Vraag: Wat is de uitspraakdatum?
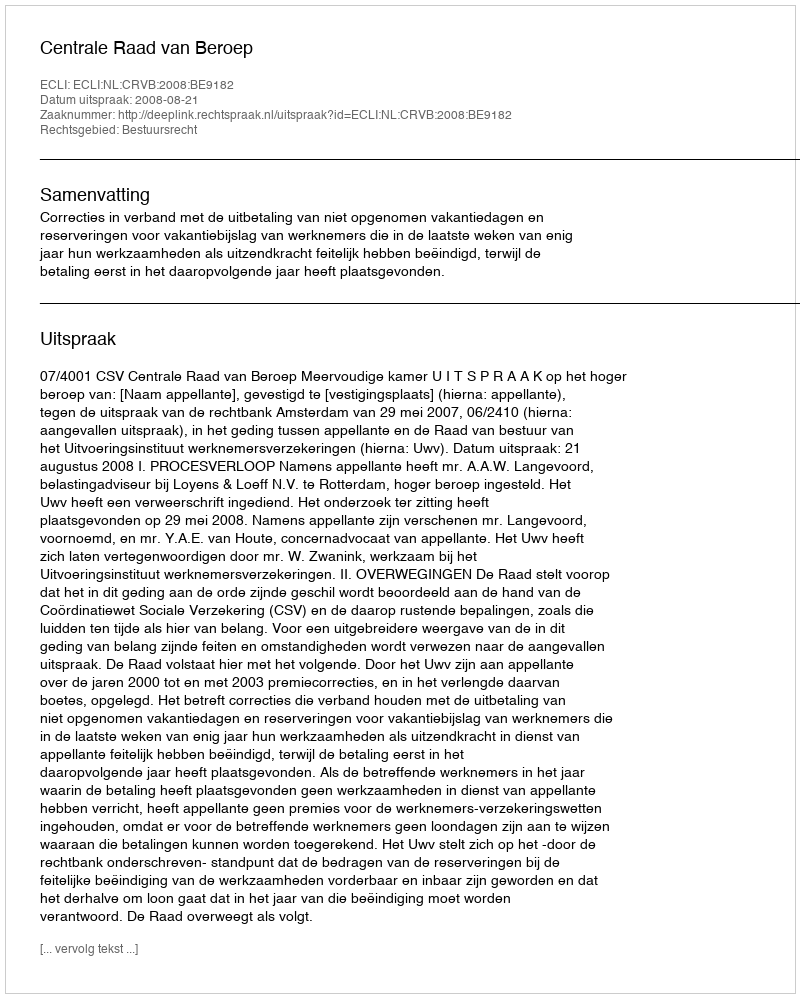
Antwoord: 2008-08-21